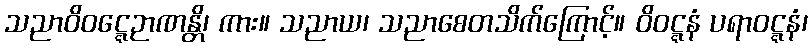
သညာဝိဝဋ္ဋေဉာဏန္တိ၊ ကား။ သညာယ၊ သညာစေတသိက်ကြောင့်။ ဝိဝဋ္ဋနံ ပရာဝဋ္ဋနံ၊